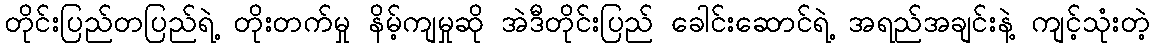
တိုင်းပြည်တပြည်ရဲ့ တိုးတက်မှု နိမ့်ကျမှုဆို အဲဒီတိုင်းပြည် ခေါင်းဆောင်ရဲ့ အရည်အချင်းနဲ့ ကျင့်သုံးတဲ့